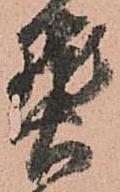
熟